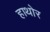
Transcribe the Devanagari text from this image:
हाथोर